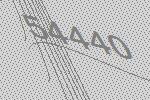
54440